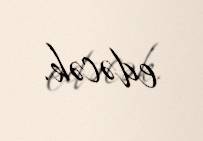
edəcək.